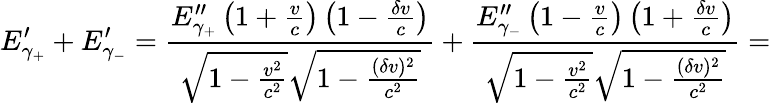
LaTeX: E_{\gamma_{+}}^{\prime}+E_{\gamma_{-}}^{\prime}=\frac{E_{\gamma_{+}}^{\prime\prime}\left(1+\frac{v}{c}\right)\left(1-\frac{\delta v}{c}\right)}{\sqrt{1-\frac{v^{2}}{c^{2}}}\sqrt{1-\frac{(\delta v)^{2}}{c^{2}}}}+\frac{E_{\gamma_{-}}^{\prime\prime}\left(1-\frac{v}{c}\right)\left(1+\frac{\delta v}{c}\right)}{\sqrt{1-\frac{v^{2}}{c^{2}}}\sqrt{1-\frac{(\delta v)^{2}}{c^{2}}}}=